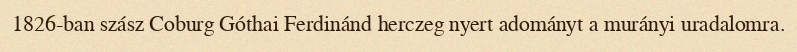
1826-ban szász Coburg Góthai Ferdinánd herczeg nyert adományt a murányi uradalomra.